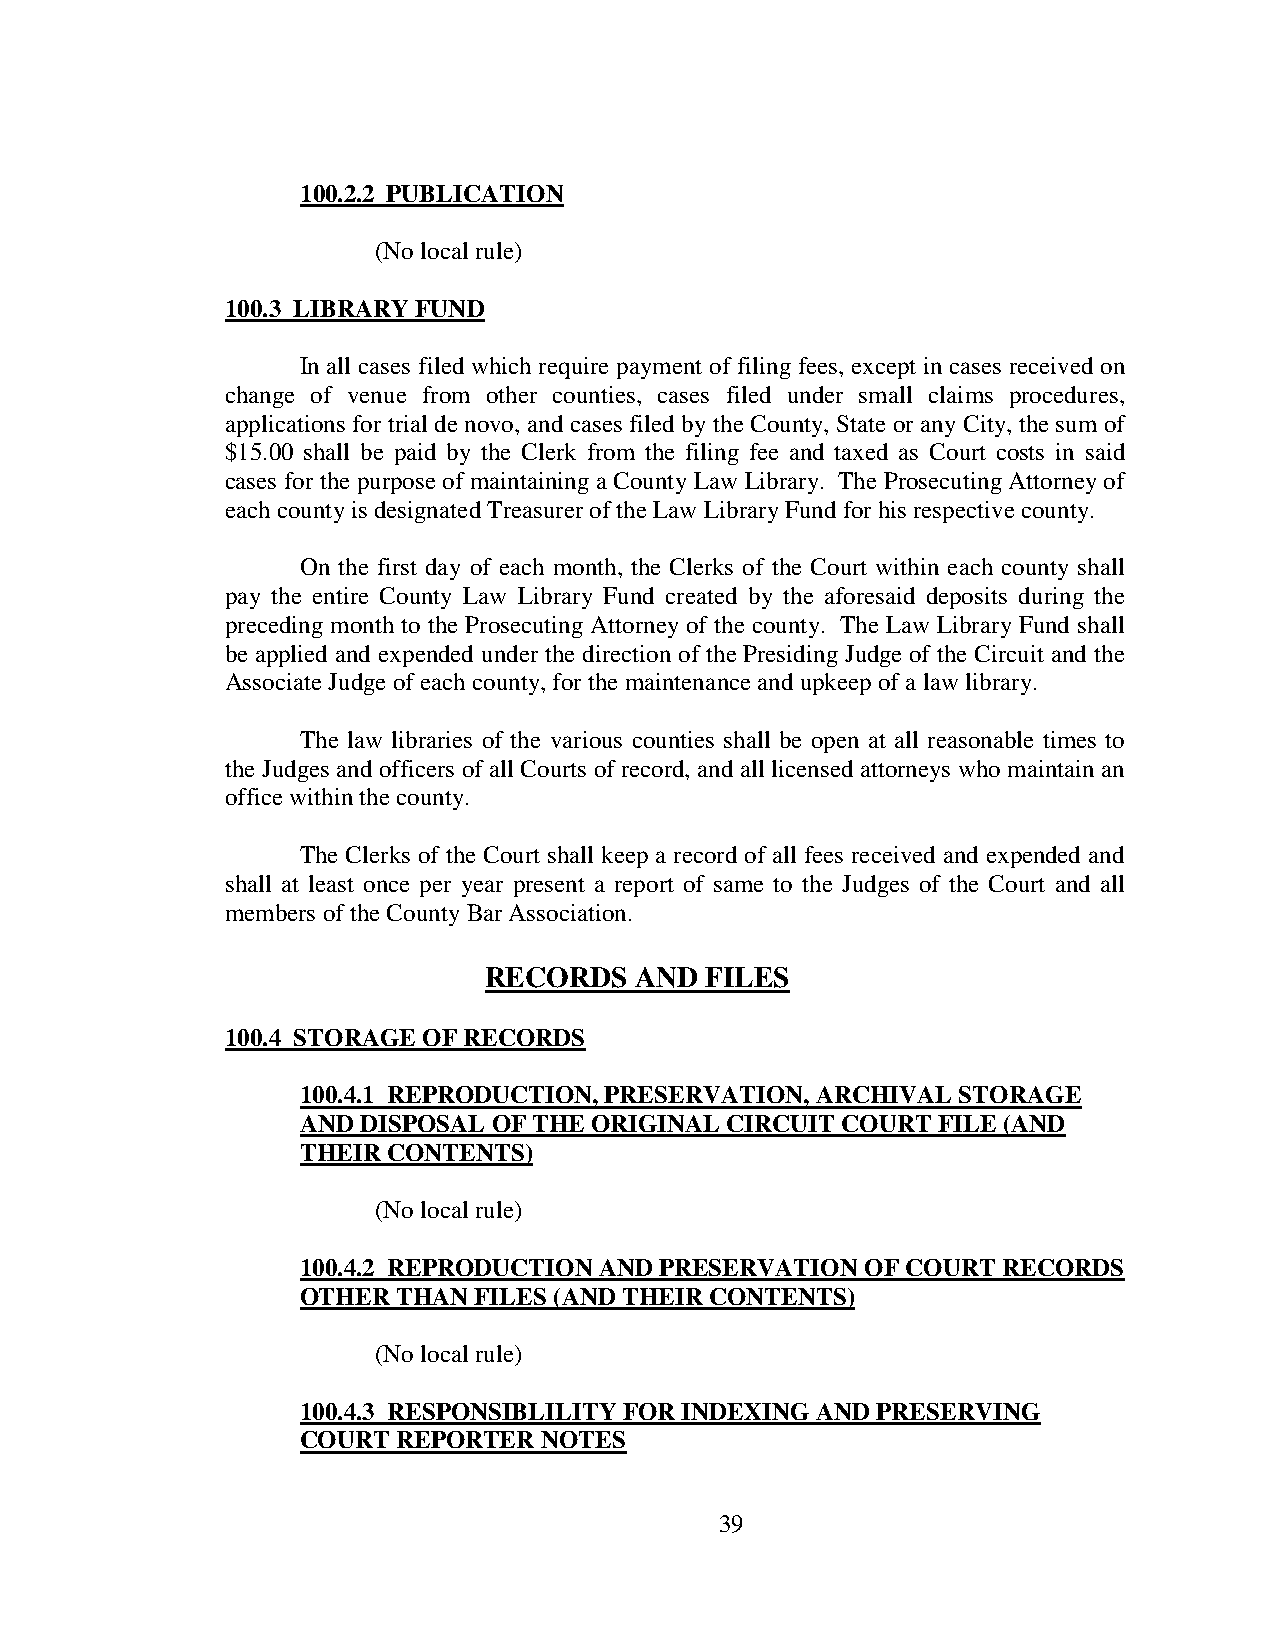
100.2.2 PUBLICATION
 (No local rule)
 100.3 LIBRARY FUND
 In all cases filed which require payment of filing fees, except in cases received on
 change of venue from other counties, cases filed under small claims procedures,
 applications for trial de novo, and cases filed by the County, State or any City, the sum of
 $15.00 shall be paid by the Clerk from the filing fee and taxed as Court costs in said
 cases for the purpose of maintaining a County Law Library. The Prosecuting Attorney of
 each county is designated Treasurer of the Law Library Fund for his respective county.
 On the first day of each month, the Clerks of the Court within each county shall
 pay the entire County Law Library Fund created by the aforesaid deposits during the
 preceding month to the Prosecuting Attorney of the county. The Law Library Fund shall
 be applied and expended under the direction of the Presiding Judge of the Circuit and the
 Associate Judge of each county, for the maintenance and upkeep of a law library.
 The law libraries of the various counties shall be open at all reasonable times to
 the Judges and officers of all Courts of record, and all licensed attorneys who maintain an
 office within the county.
 The Clerks of the Court shall keep a record of all fees received and expended and
 shall at least once per year present a report of same to the Judges of the Court and all
 members of the County Bar Association.
 RECORDS   AND  FILES
 100.4 STORAGE OF RECORDS
 100.4.1 REPRODUCTION, PRESERVATION, ARCHIVAL STORAGE
 AND DISPOSAL OF THE ORIGINAL CIRCUIT COURT FILE (AND
 THEIR CONTENTS)
 (No local rule)
 100.4.2 REPRODUCTION AND PRESERVATION OF COURT RECORDS
 OTHER THAN FILES (AND THEIR CONTENTS)
 (No local rule)
 100.4.3 RESPONSIBLILITY FOR INDEXING AND PRESERVING
 COURT REPORTER  NOTES
 39